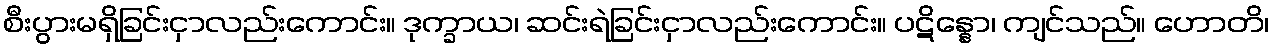
စီးပွားမရှိခြင်းငှာလည်းကောင်း။ ဒုက္ခာယ၊ ဆင်းရဲခြင်းငှာလည်းကောင်း။ ပဋိန္နော၊ ကျင်သည်။ ဟောတိ၊